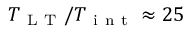
T _ { \mathrm { ~ L ~ T ~ } } / T _ { \mathrm { ~ i ~ n ~ t ~ } } \approx 2 5